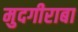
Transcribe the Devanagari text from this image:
मुदगीराबा